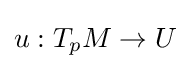
u:T_{p}M\to U\!